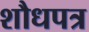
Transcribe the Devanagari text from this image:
शौधपत्र